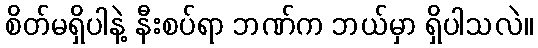
စိတ်မရှိပါနဲ့ နီးစပ်ရာ ဘဏ်က ဘယ်မှာ ရှိပါသလဲ။